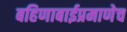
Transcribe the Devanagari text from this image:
बहिणाबाईप्रमाणेच